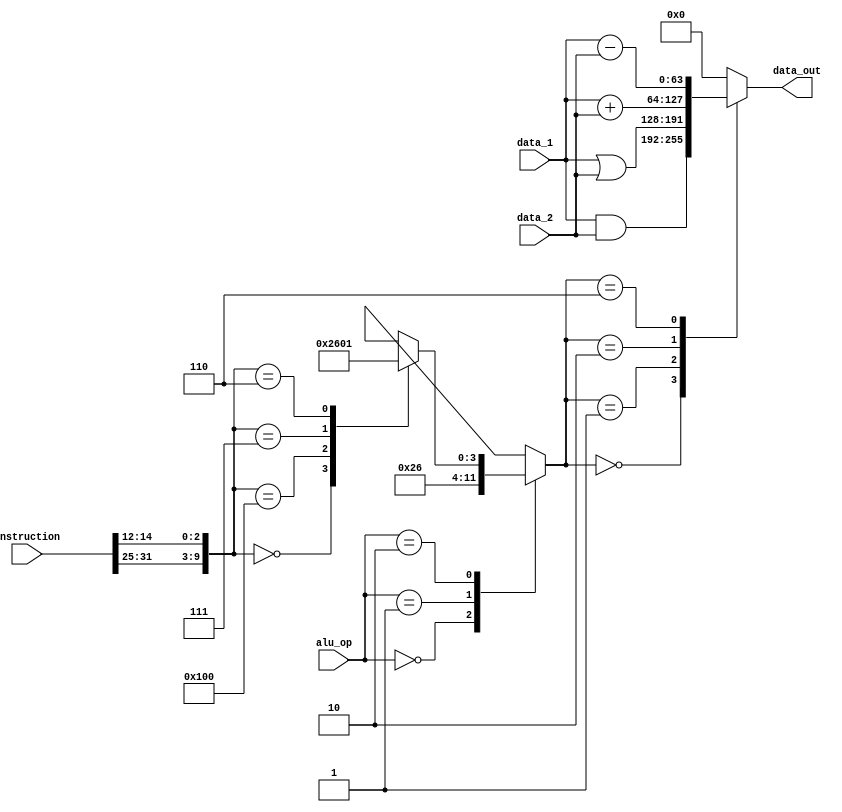
module ALU#(parameter INSTRUCTION_ADDR_SIZE = 5, N = 64)(input [(2**INSTRUCTION_ADDR_SIZE)-1:0] instruction, input [1:0] alu_op, input [N-1:0] data_1, input [N-1:0] data_2, output reg [N-1:0] data_out);
	
	reg [3:0] alu_control;
	wire [6:0] funct7;
	wire[2:0] funct3;
	
	assign funct7 = instruction[31:25];
	assign funct3 = instruction[14:12];
	
	always@*begin
		case(alu_op)
			2'b00: alu_control = 4'b0010;
			2'b01: alu_control = 4'b0110;
			2'b10: begin
					case({funct7,funct3})
						10'b0000000000: alu_control = 4'b0010;
						10'b0100000000: alu_control = 4'b0110;
						10'b0000000111: alu_control = 4'b0000;
						10'b0000000110: alu_control = 4'b0001;
						default : alu_control = 'bx;
                    endcase
                   end              
			default: alu_control = 'bx;
		endcase
	end
	
	always@*begin
		case(alu_control)
			4'b0000: data_out = data_1 & data_2;
			4'b0001: data_out = data_1 | data_2;
			4'b0010: data_out = data_1 + data_2;
			4'b0110: data_out = data_1 - data_2;
			default: data_out = 'b0;
		endcase
	end
	
endmodule